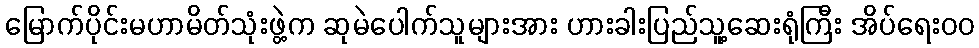
မြောက်ပိုင်းမဟာမိတ်သုံးဖွဲ့က ဆုမဲပေါက်သူများအား ဟားခါးပြည်သူ့ဆေးရုံကြီး အိပ်ရေးဝဝ